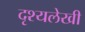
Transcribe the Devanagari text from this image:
दृश्यलेखी